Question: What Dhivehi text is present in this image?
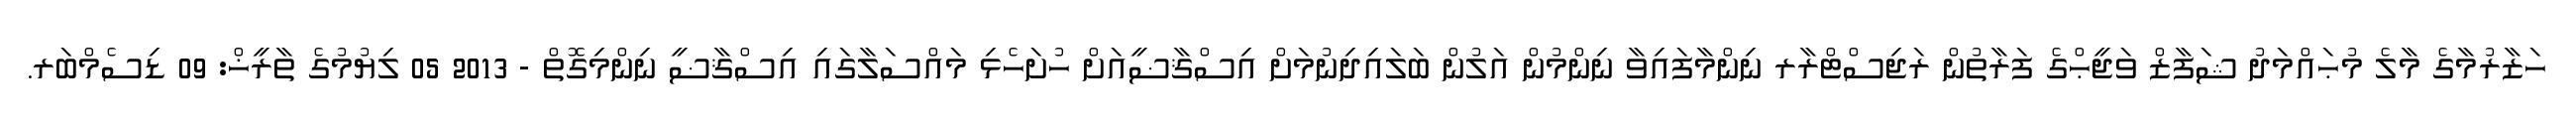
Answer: ހަޒާރުމާގެ މާލެ މުޙައްމަދު ޝަފާޒް ވަޖީޙްގެ ފަރާތުން ރަޖިސްޓްރާރ ނިންމާފައިވާ ނިންމުން އަލުން ބަލައިދިނުމަށް އިސްޤާޟީއަށް ހުށަހެޅި މައްސަލާގައި އިސްޤާޟީ ނިންމިގޮތް - 2013 05 ލިޔުމުގެ ތާރީޚް: 09 ޑިސެމްބަރ.